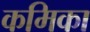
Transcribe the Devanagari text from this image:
कमिका